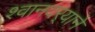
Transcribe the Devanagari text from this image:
श्वानदर्‍याने